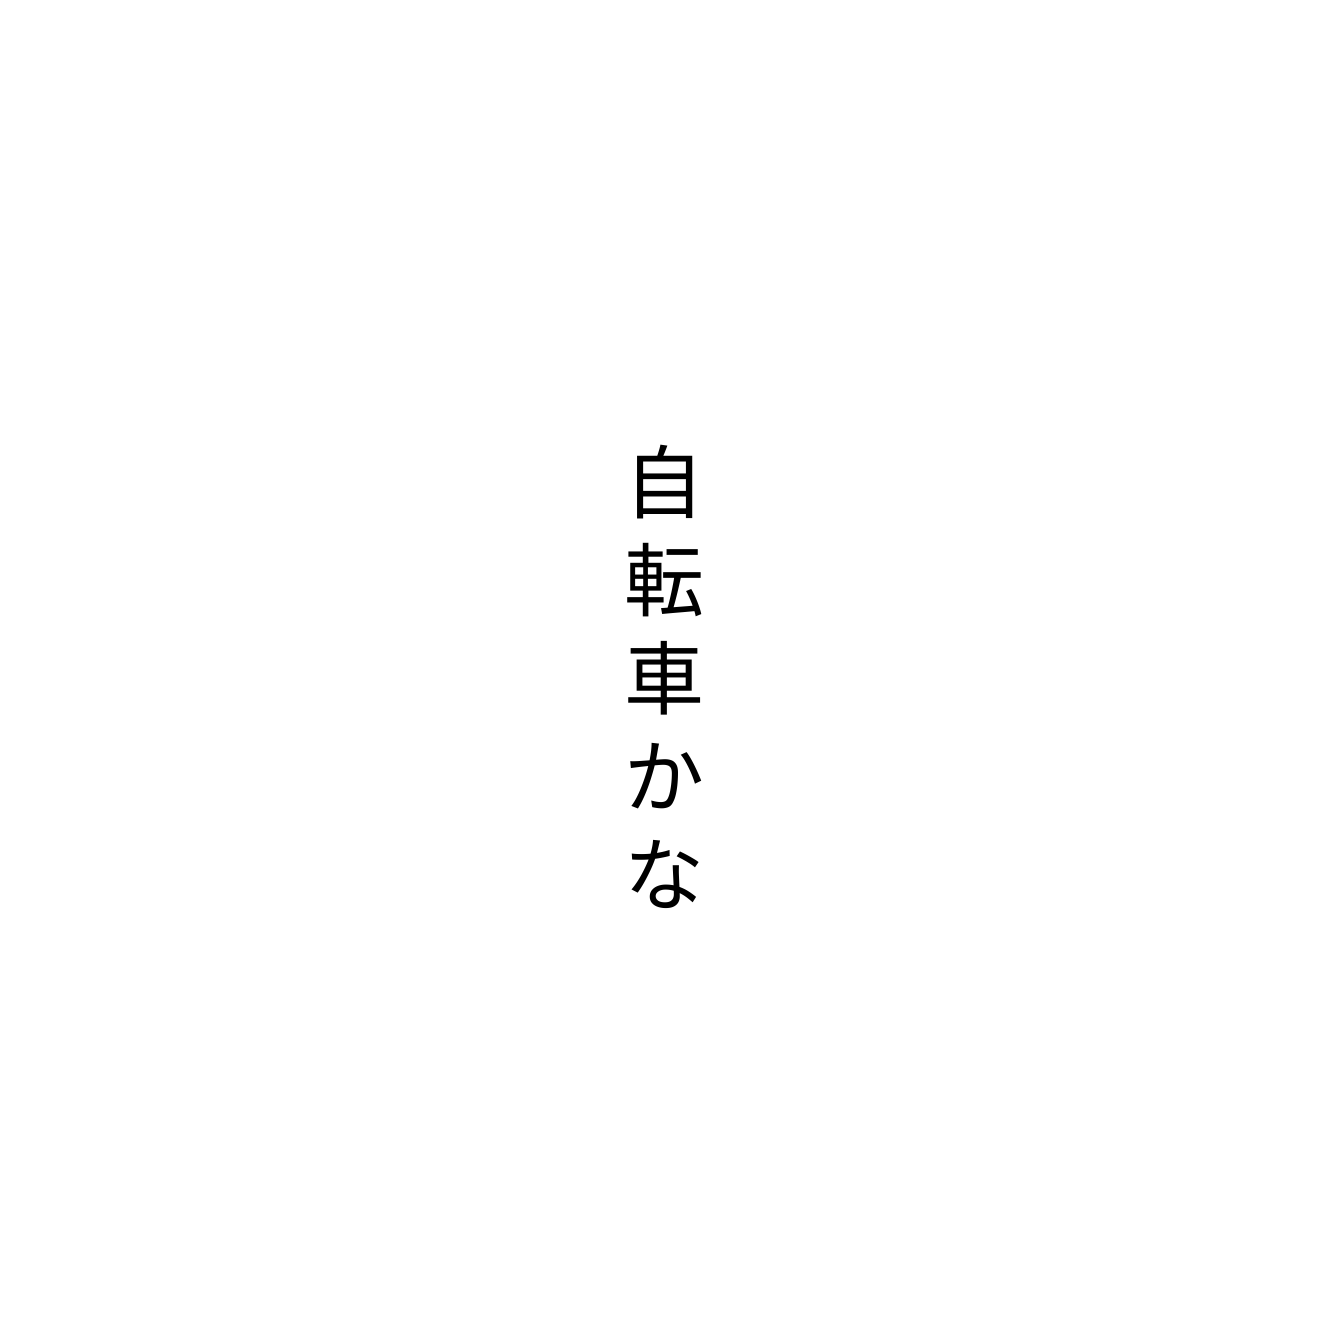
自転車かな